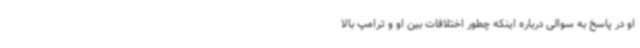
او در پاسخ به سوالی درباره اینکه چطور اختلافات بین او و ترامپ بالا